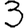
Digit: 3